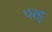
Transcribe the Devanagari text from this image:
परट्टू